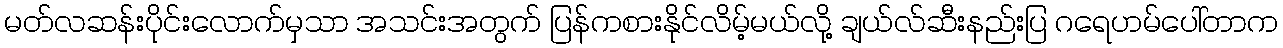
မတ်လဆန်းပိုင်းလောက်မှသာ အသင်းအတွက် ပြန်ကစားနိုင်လိမ့်မယ်လို့ ချယ်လ်ဆီးနည်းပြ ဂရေဟမ်ပေါ်တာက